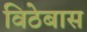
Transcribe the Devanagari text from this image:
विठेबास